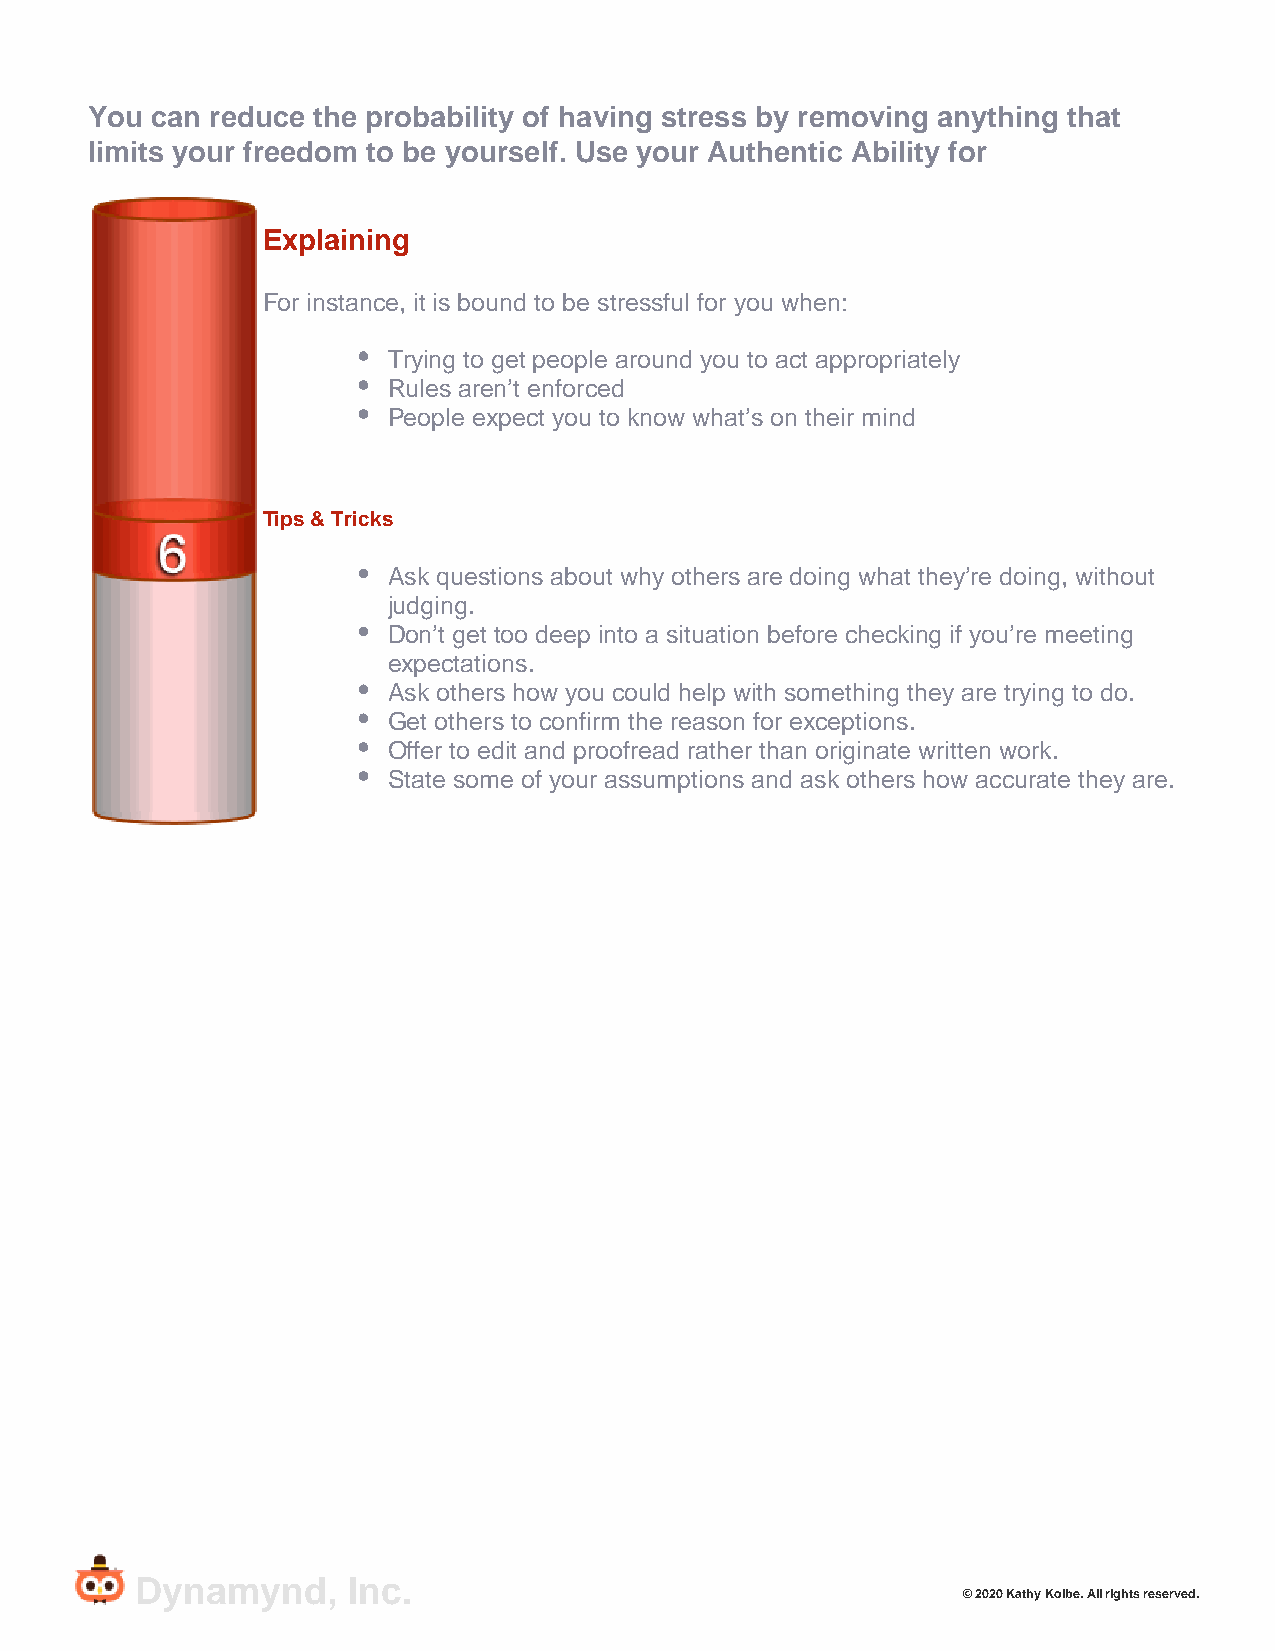
You can reduce the probability of having stress by removing anything that
 limits your freedom to be yourself. Use your Authentic Ability for
 Explaining
 For instance, it is bound to be stressful for you when:
 Trying to get people around you to act appropriately
 Rules aren’t enforced
 People expect you to know what’s on their mind
 Tips & Tricks
 Ask questions about why others are doing what they’re doing, without
 judging.
 Don’t get too deep into a situation before checking if you’re meeting
 expectations.
 Ask others how you could help with something they are trying to do.
 Get others to confirm the reason for exceptions.
 Offer to edit and proofread rather than originate written work.
 State some of your assumptions and ask others how accurate they are.
 Dynamynd,     Inc.
 © 2020 Kathy Kolbe. All rights reserved.